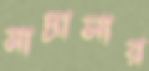
মাদ্রাসার